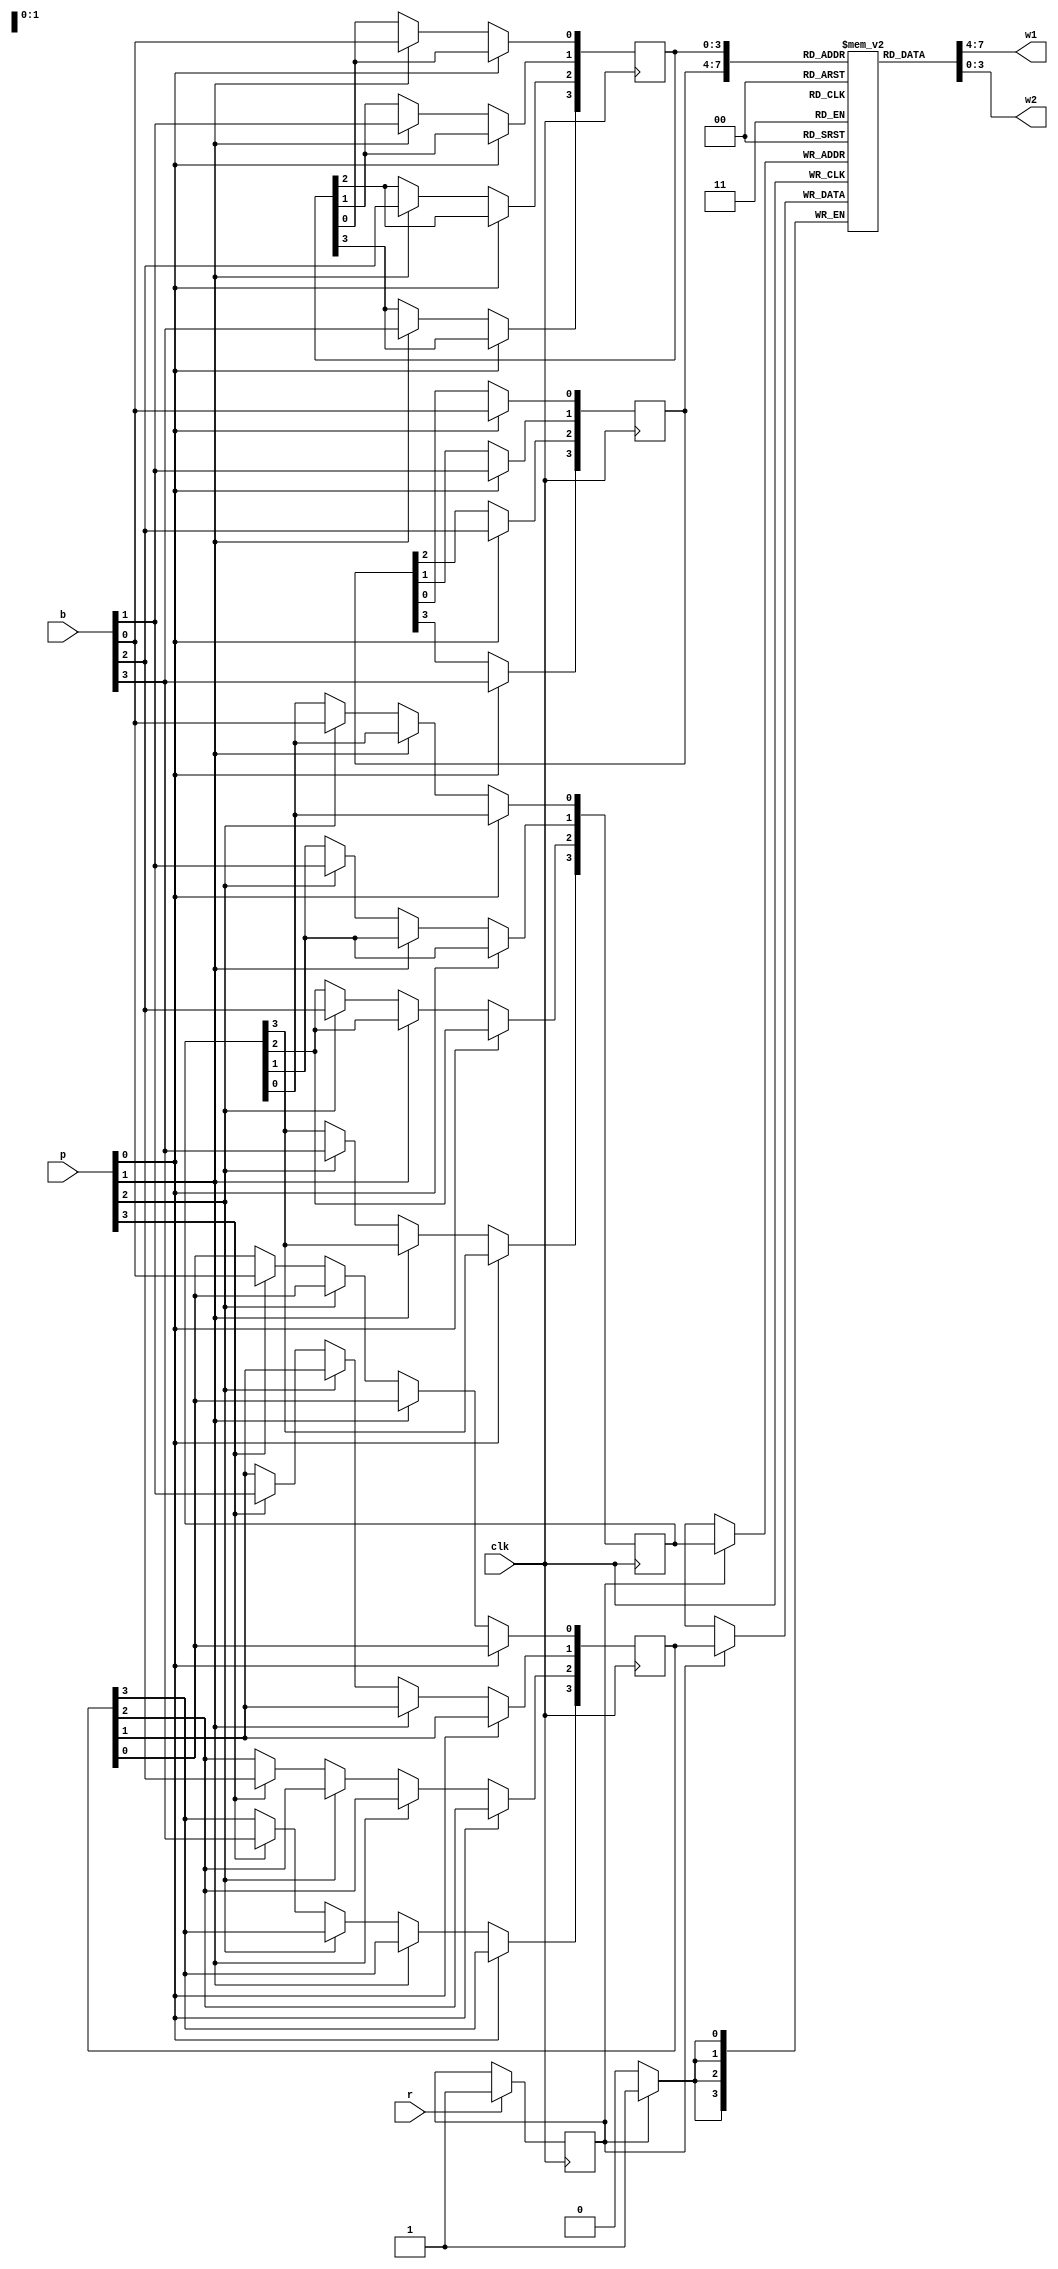
`timescale 1ns / 1ps
module regfile4x16(clk,b,p,r,w1,w2);	

input wire clk;
input wire [3:0] b,p; 
input wire r;
output wire [3:0] w1,w2;

reg [3:0] regfile [15:0];
reg [3:0] rr1, rr2, wr, wdata, t1, t2;
reg wenable;

always @(posedge clk) begin

	if (p[0]==1) begin
		rr1[0] <= b[0];
		rr1[1] <= b[1];
		rr1[2] <= b[2];
		rr1[3] <= b[3];
	end
	else if (p[1]==1) begin
		rr2[0] <= b[0];
		rr2[1] <= b[1];
		rr2[2] <= b[2];
		rr2[3] <= b[3];
	end
	else if (p[2]==1) begin
		wr[0] <= b[0];
		wr[1] <= b[1];
		wr[2] <= b[2];
		wr[3] <= b[3];
	end
	else if (p[3]==1) begin
		wdata[0] <= b[0];
		wdata[1] <= b[1];
		wdata[2] <= b[2];
		wdata[3] <= b[3];
	end

	if(r) begin
		wenable <= 1;
	end

end

always @(posedge clk) begin
	if(wenable) begin
		regfile[wr] <= wdata;
	end
end

assign w1= regfile[rr1];
assign w2= regfile[rr2];

endmodule